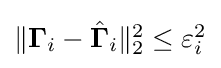
{\textstyle \|\mathbf {\Gamma } _{i}-{\hat {\mathbf {\Gamma } }}_{i}\|_{2}^{2}\leq \varepsilon _{i}^{2}}